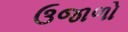
ઉજાળો